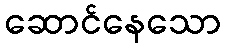
ဆောင်နေသော